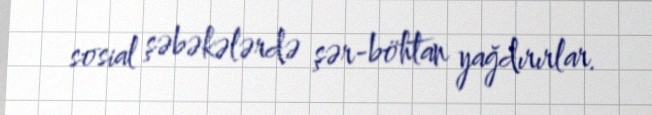
sosial şəbəkələrdə şər-böhtan yağdırırlar.